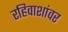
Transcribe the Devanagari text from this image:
रहिवाशांवर